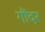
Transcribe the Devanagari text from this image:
गौंदर